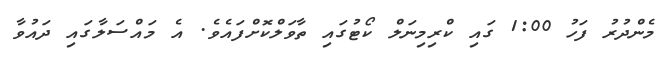
މެންދުރު ފަހު 1:00 ގައި ކްރިމިނަލް ކޯޓުގައި ތާވަލްކޮށްފައެވެ. އެ މައްސަލާގައި ދައުވާ